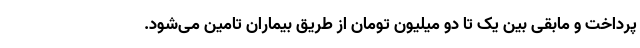
پرداخت و مابقی بین یک تا دو میلیون تومان از طریق بیماران تامین می‌شود.